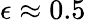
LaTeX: \epsilon\approx 0.5